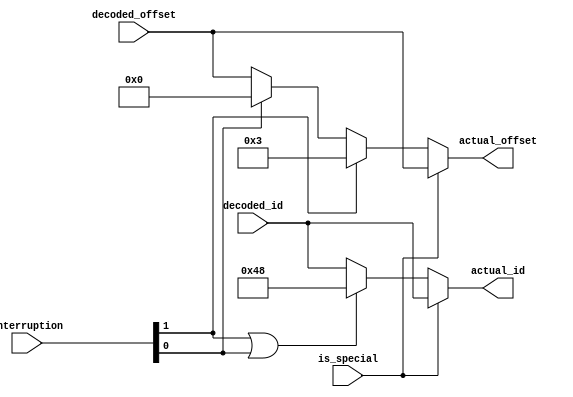
module Interruptor #(
    parameter ID_WIDTH = 7,
    parameter OFFSET_WIDTH = 12
)(
    input [(ID_WIDTH - 1) : 0] decoded_id,
    input [(OFFSET_WIDTH - 1) : 0] decoded_offset,
    input [1 : 0] interruption, // [1] user [0] watchdog
    input is_special,
    output [(ID_WIDTH - 1) : 0] actual_id,
    output [(OFFSET_WIDTH - 1) : 0] actual_offset
);
    wire [(ID_WIDTH - 1) : 0] id;
    wire [(OFFSET_WIDTH - 1) : 0] offset;
    assign id = (interruption[1] || interruption[0]) ? 7'd72 : decoded_id;
    assign offset = interruption[1] ? 12'd3 : 
        (interruption[0] ? 12'd0 : decoded_offset);

    assign actual_id = is_special ? decoded_id : id;
    assign actual_offset = is_special ? decoded_offset : offset;

endmodule